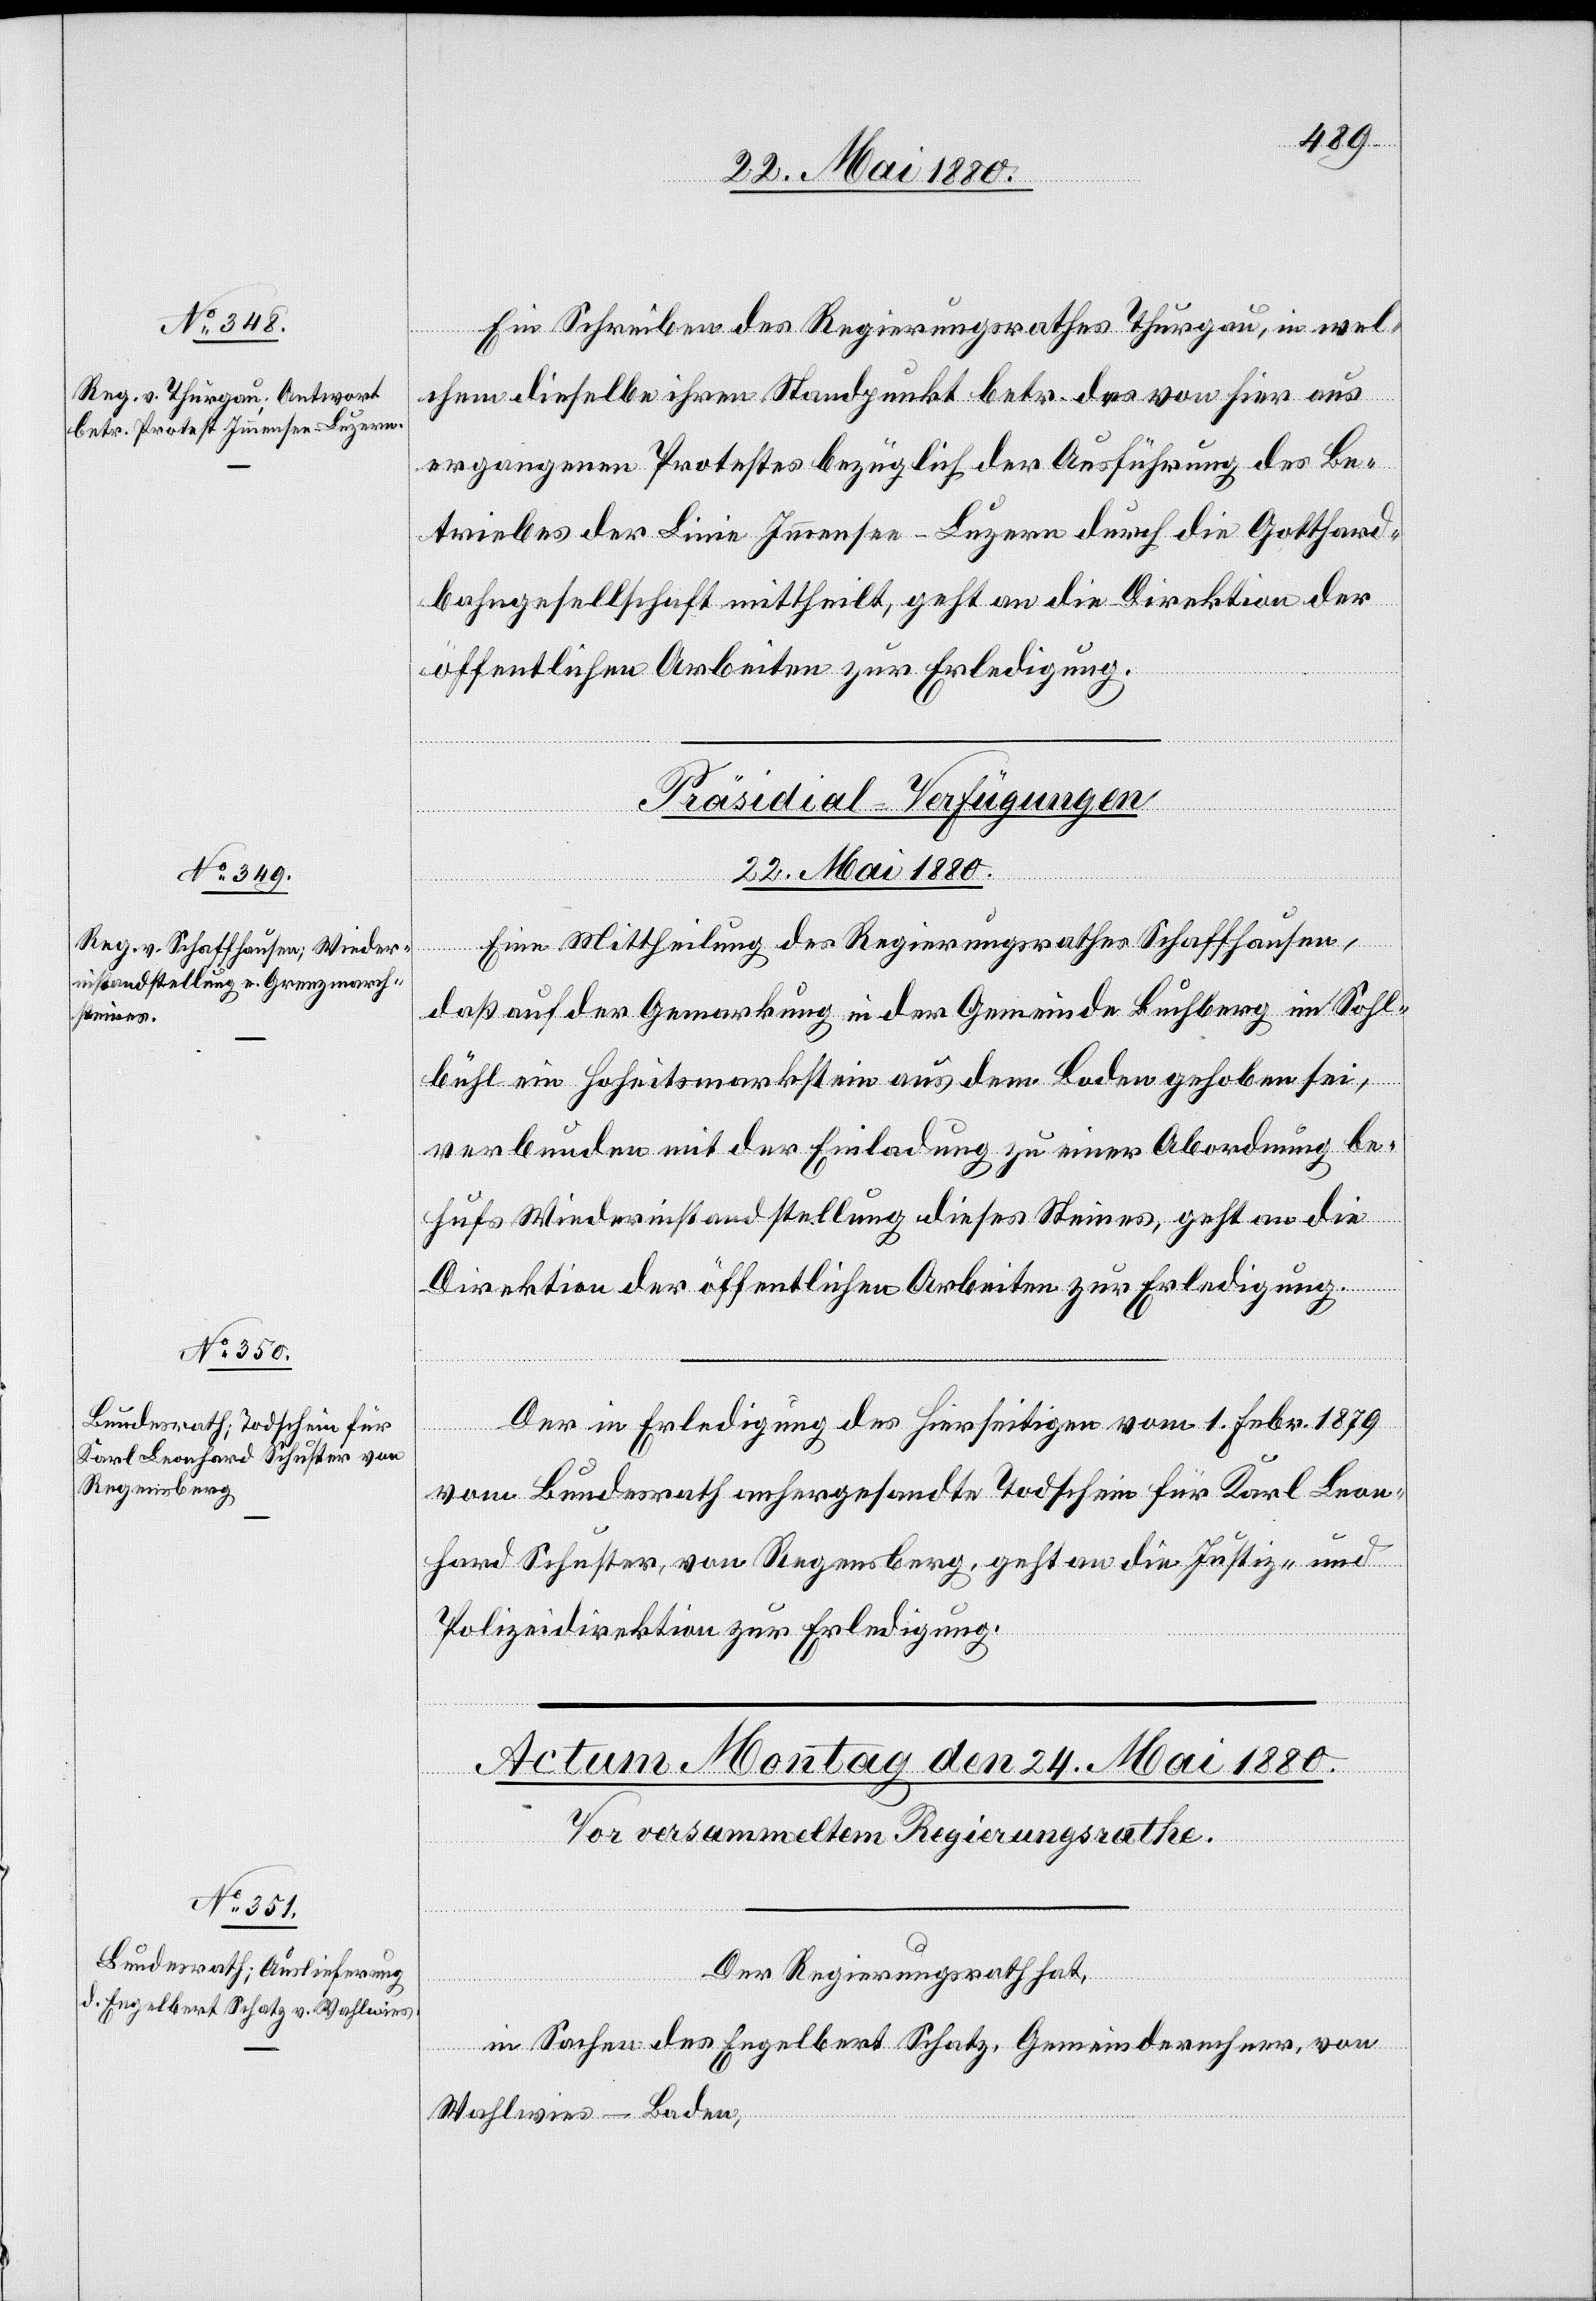
22. Mai 1880.]
Ein Schreiben des Regierungsrathes Thurgau, in wel¬
ergangenen Protestes bezüglich der Ausführung des Be¬
triebes der Linie Immensee–Luzern durch die Gotthard¬
bahngesellschaft mittheilt, geht an die Direktion der
öffentlichen Arbeiten zur Erledigung.
[Präsidial-Verfügungen.
22. Mai 1880.
hier aus
Eine Mittheilung des Regierungsrathes Schaffhausen,
daß auf der Gemarkung in der Gemeinde Buchberg im Sohl¬
das
bühl ein Hoheitsmarkstein aus dem Boden gehoben sei,
verbunden mit der Einladung zu einer Abordnung be¬
hufs Wiederinstandstellung dieses Steines, geht an die
Direktion der öffentlichen Arbeiten zur Erledigung.
Der in Erledigung des Hierseitigen vom 1. Febr. 1879
vom Bundesrath anhergesandte Todschein für Karl Leon¬
hard Schuster, von Regensberg, geht an die Justiz- &
Polizeidirektion zur Erledigung.
von
Der Regierungsrath hat,
in Sachen des Engelbert Schatz, Gemeinderechner von
Wahlwies - Baden,